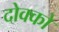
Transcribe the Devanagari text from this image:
दोक्को